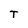
Character: T